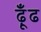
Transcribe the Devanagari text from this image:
ढ़ूँढ